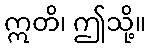
ဣတိ၊ ဤသို့။